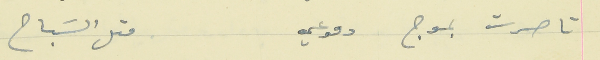
تاصرت بموج دموعي                                  متل السَباح